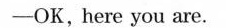
----OK,here you are.